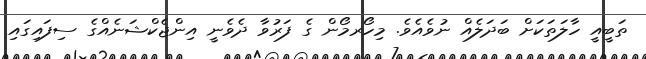
ތަބީއީ ހާލަތަކަށް ބަދަލެއް ނުވެއެވެ. މިހޯރމޯން ގެ ފަރުވާ ދެވެނީ އިންޖެކްޝަނެއްގެ ސިފައިގައި